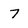
Character: 7